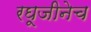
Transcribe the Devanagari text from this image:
रघूजीनेच